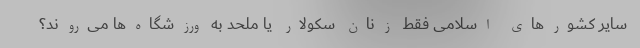
سایر کشورهای اسلامی فقط زنان سکولار یا ملحد به ورزشگاه‌ها می‌روند؟